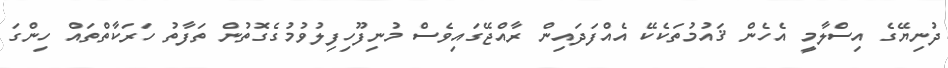
ދުނިޔޭގެ އިސްލާމީ އެހެން ޤައުމުތަކެކޭ އެއްފަދައިން ރާއްޖޭގައިވެސް މުނިފޫހިފިލުވުމުގެގޮތުން ތަފާތު ހަރަކާތްތައް ހިންގަ